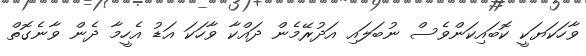
ވާހަކަޔަކީ ކޮބައިކަންވެސް ނުބަލައި އަދުރޭމެން ދައްކާ ވާހަކަ އަޑު އެހީމާ ދެން ވާނެގޮތް